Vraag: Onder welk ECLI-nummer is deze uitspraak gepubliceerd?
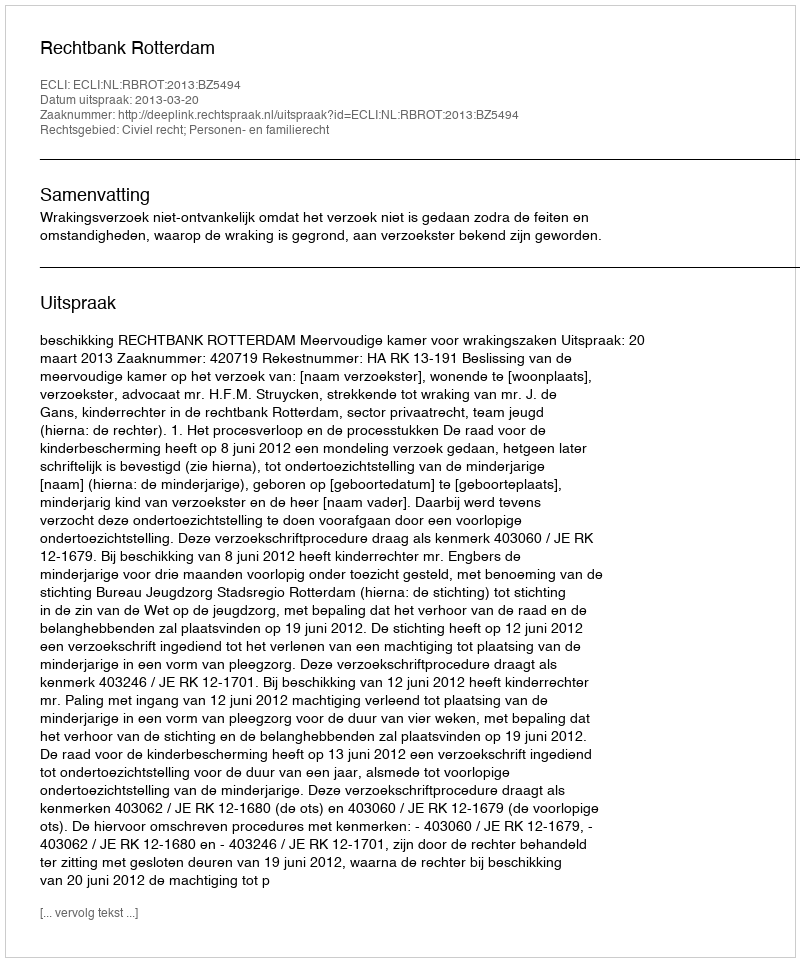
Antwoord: ECLI:NL:RBROT:2013:BZ5494